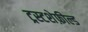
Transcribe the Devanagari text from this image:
ट्रस्टशेफ़ील्ड